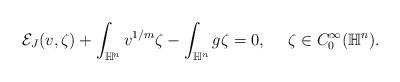
LaTeX: \begin{align*} \begin{aligned} \mathcal{E}_J(v,\zeta)+\int_{\mathbb{H}^n}v^{1/m}\zeta-\int_{\mathbb{H}^n}g\zeta=0, ~~~~\zeta\in C_0^\infty(\mathbb{H}^n). \end{aligned} \end{align*}